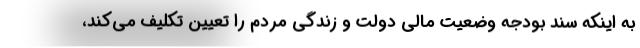
به اینکه سند بودجه وضعیت مالی دولت و زندگی مردم را تعیین تکلیف می‌کند،